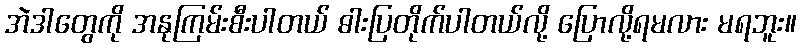
အဲဒါတွေကို အနုကြမ်းစီးပါတယ် ဓါးပြတိုက်ပါတယ်လို့ ပြောလို့ရမလား မရဘူး။